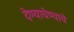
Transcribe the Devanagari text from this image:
देण्याघेण्याचे